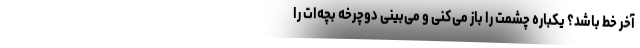
آخر خط باشد؟ یکباره چشمت را باز می‌کنی و می‌بینی دوچرخه بچه‌ات را